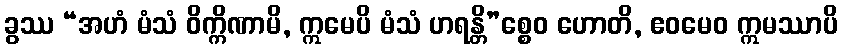
ခွဿ “အဟံ မံသံ ဝိက္ကိဏာမိ, ဣမေပိ မံသံ ဟရန္တိ”စ္စေဝ ဟောတိ, ဧဝမေဝ ဣမဿာပိ